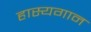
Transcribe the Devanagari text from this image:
हास्यगान